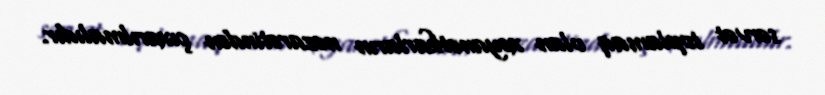
sərvət toplamaq olan xəyanətkarların nəzarətindən çıxarılmalıdır.